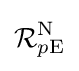
{\mathcal {R}}_{p\mathrm {E} }^{\mathrm {N} }